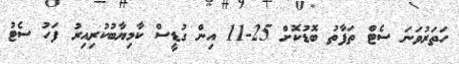
ހަތަރުވަނަ ސެޓް ތަފާތު ބޮޑުކޮށް 25-11 އިން ގުޑީސް ކާމިޔާބުކުރިއިރު ފަހު ސެޓު